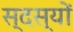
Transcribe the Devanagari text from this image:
स्दस्यों